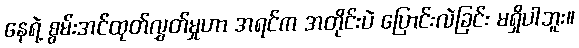
နေရဲ့ စွမ်းအင်ထုတ်လွှတ်မှုဟာ အရင်က အတိုင်းပဲ ပြောင်းလဲခြင်း မရှိပါဘူး။